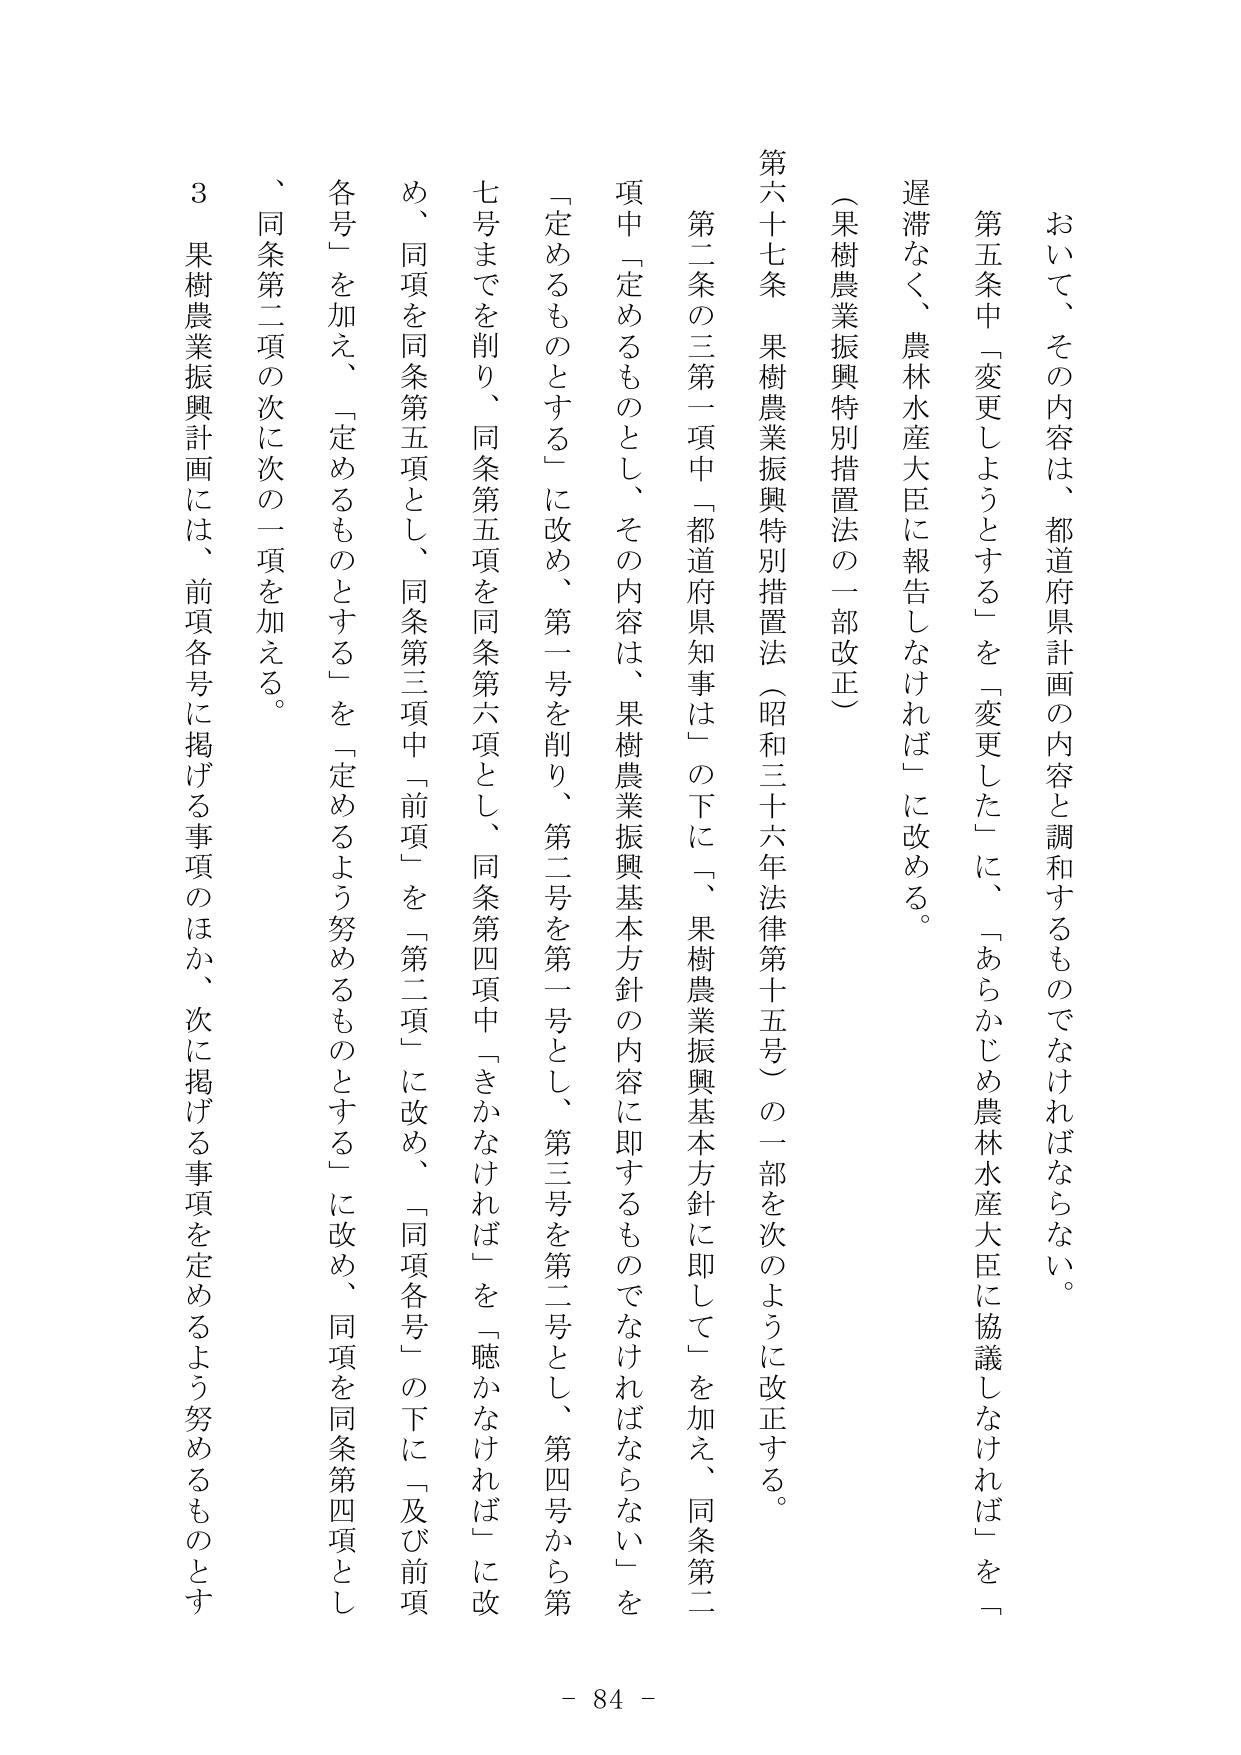
おいて、その内容は、都道府県計画の内容と調和するものでなければならない。
第五条中「変更しようとする」を「変更した」に、「あらかじめ農林水産大臣に協議しなければ」を「
遅滞なく、農林水産大臣に報告しなければ」に改める。
（果樹農業振興特別措置法の一部改正）
第六十七条　果樹農業振興特別措置法（昭和三十六年法律第十五号）の一部を次のように改正する。
第二条の三第一項中「都道府県知事は」の下に「、果樹農業振興基本方針に即して」を加え、同条第二
項中「定めるものとし、その内容は、果樹農業振興基本方針の内容に即するものでなければならない」を
「定めるものとする」に改め、第一号を削り、第二号を第一号とし、第三号を第二号とし、第四号から第
七号までを削り、同条第五項を同条第六項とし、同条第四項中「きかなければ」を「聴かなければ」に改
め、同項を同条第五項とし、同条第三項中「前項」を「第二項」に改め、「同項各号」の下に「及び前項
各号」を加え、「定めるものとする」を「定めるよう努めるものとする」に改め、同項を同条第四項とし
、同条第二項の次に次の一项を加える。
３　果樹農業振興計画には、前項各号に掲げる事項のほか、次に掲げる事項を定めるよう努めるものとす
- 84 -